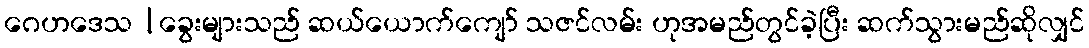
ဂေဟဒေသ |ခွေးများသည် ဆယ်ယောက်ကျော် သဇင်လမ်း ဟုအမည်တွင်ခဲ့ပြီး ဆက်သွားမည်ဆိုလျှင်